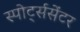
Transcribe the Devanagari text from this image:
स्पोर्ट्ससेंटर